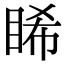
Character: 睎